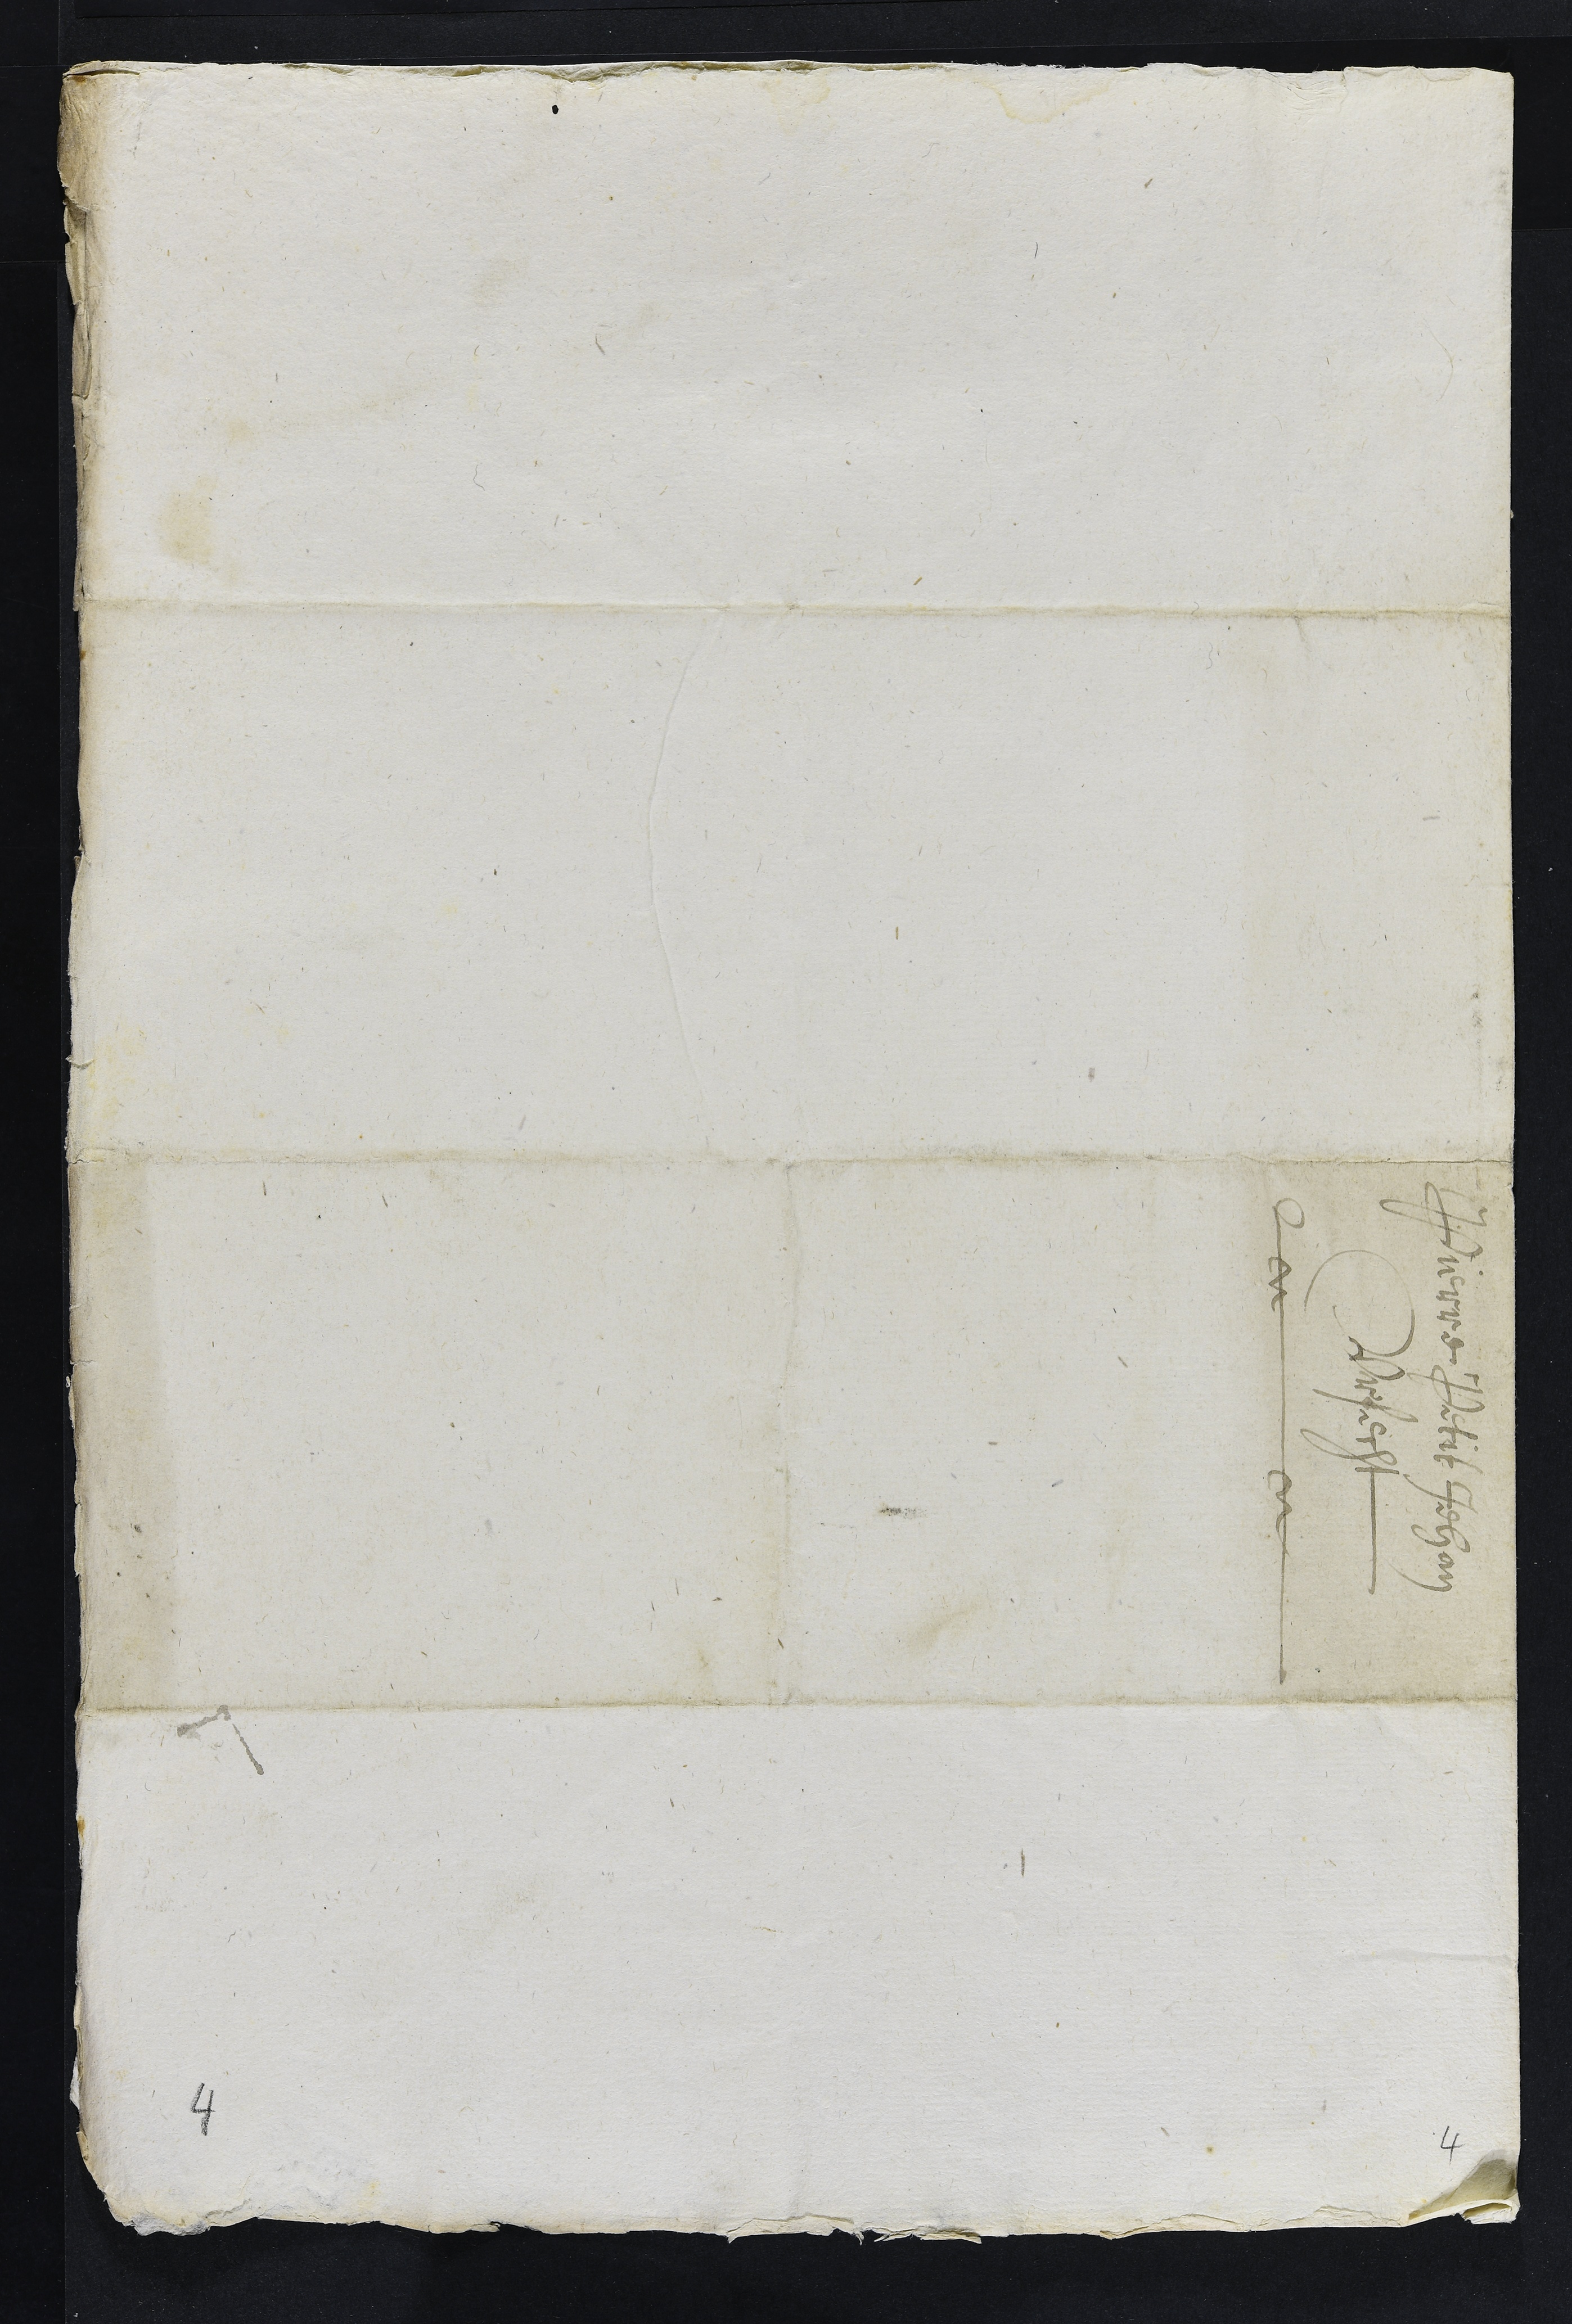
Pierre Petit Jehan
Urfecht

4

4